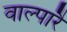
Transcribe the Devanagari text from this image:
वाल्पारै